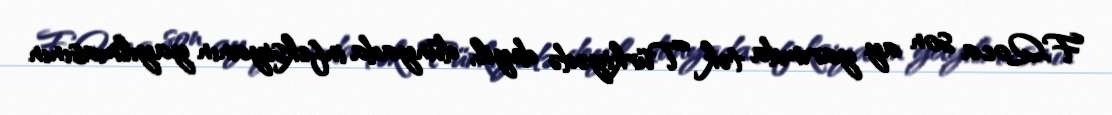
F.Qoca son ay yarımda tək Türkiyədə deyil, dünyada infeksiyanın yayılmasının